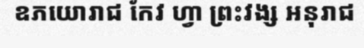
ឧភយោរាជ កែវ ហ្វា ព្រះវង្ស អនុរាជ